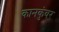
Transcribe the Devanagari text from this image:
कानकुंवर